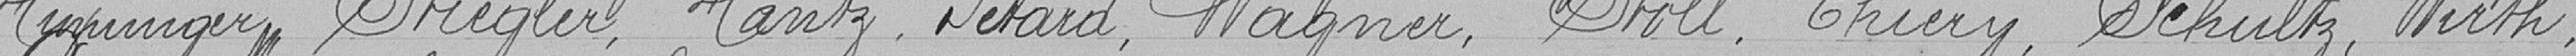
Huninger, Stiegler, Hantz ,Pétard, Wagner, Stoll, Thiery, Schutz, Wirth,